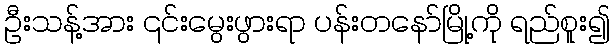
ဦးသန့်အား ၎င်းမွေးဖွားရာ ပန်းတနော်မြို့ကို ရည်စူး၍